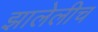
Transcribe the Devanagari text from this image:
झालेलीच